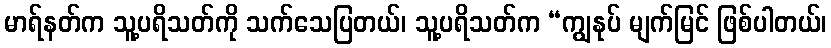
မာရ်နတ်က သူ့ပရိသတ်ကို သက်သေပြတယ်၊ သူ့ပရိသတ်က “ကျွနုပ် မျက်မြင် ဖြစ်ပါတယ်၊